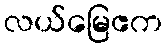
လယ်မြေဧက